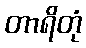
တာရိတုံ